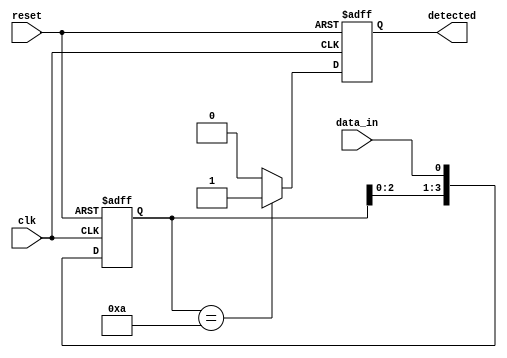
module PatternDetector #(
    parameter PATTERN_LENGTH = 4 // Length of the pattern to detect
)(
    input wire clk,               // Clock signal
    input wire reset,             // Reset signal
    input wire data_in,           // Input data stream
    output reg detected           // Output signal indicating pattern detection
);

    // Pattern register (predefined pattern)
    reg [PATTERN_LENGTH-1:0] pattern_reg = 4'b1010; // Example pattern
    // Shift register to hold incoming data
    reg [PATTERN_LENGTH-1:0] shift_reg;

    // Sequential logic for shifting data
    always @(posedge clk or posedge reset) begin
        if (reset) begin
            shift_reg <= 0; // Reset shift register
            detected <= 0;  // Reset detected signal
        end else begin
            // Shift in new data
            shift_reg <= {shift_reg[PATTERN_LENGTH-2:0], data_in};
            // Compare shift register with pattern register
            if (shift_reg == pattern_reg) begin
                detected <= 1; // Pattern detected
            end else begin
                detected <= 0; // No pattern detected
            end
        end
    end

endmodule